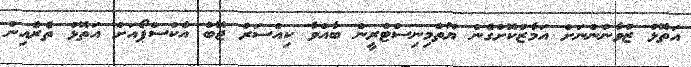
އަތޮޅު ޒުވާނުންނަށް އަމާޒުކޮށްގެން ޔޫތްމިނިސްޓްރީން ބާއްވާ ކިއްސަރު ޖޮބް އެކްސްޕޯއަށް އަތޮޅު ތެރެއިން